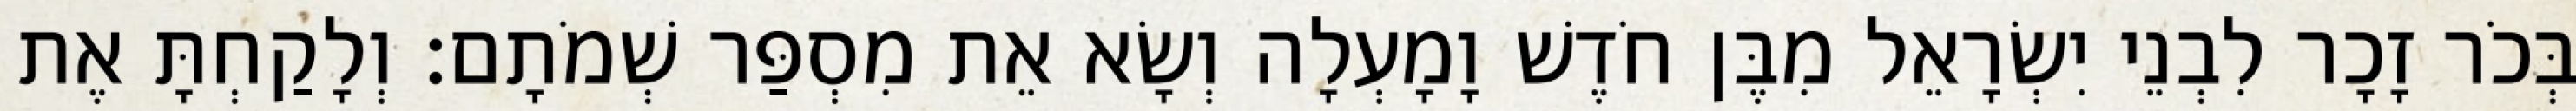
בְּכֹר זָכָר לִבְנֵי יִשְׂרָאֵל מִבֶּן חֹדֶשׁ וָמָעְלָה וְשָׂא אֵת מִסְפַּר שְׁמֹתָם׃ וְלָקַחְתָּ אֶת